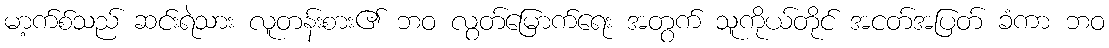
မာ့က်စ်သည် ဆင်းရဲသား လူတန်းစား၏ ဘဝ လွတ်မြောက်ရေး အတွက် သူကိုယ်တိုင် အငတ်အပြတ် ခံကာ ဘဝ